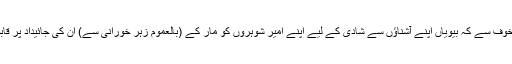
کچھ اندازے بہرحال ضرور قائم ہیں جن میں سے ایک یہ ہے کہ غالباً اس خوف سے کہ بیویاں اپنے آشناؤں سے شادی کے لیے اپنے امیر شوہروں کو مار کے (بالعموم زہر خورانی سے) ان کی جائیداد پر قابض نہ ہوجائیں اس خدشے کے تدارک کیلئے یہ رسم ایجاد کر لی گئی تھی۔